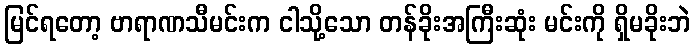
မြင်ရတော့ ဗာရာဏသီမင်းက ငါသို့သော တန်ခိုးအကြီးဆုံး မင်းကို ရှိမခိုးဘဲ